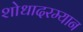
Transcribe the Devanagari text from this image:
शोधादरम्यान